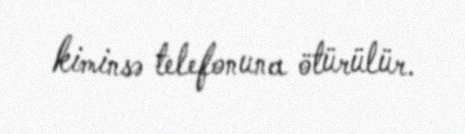
kiminsə telefonuna ötürülür.